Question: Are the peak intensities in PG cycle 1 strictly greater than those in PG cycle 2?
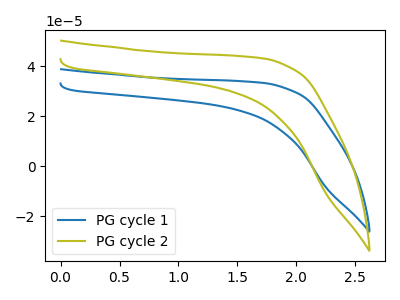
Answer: <think>The blue curve "PG cycle 1" has no peaks. The olive curve "PG cycle 2" has no peaks.</think>
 <answer>Niether CV has any peaks.</answer>
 <eval>blanks</eval>